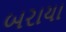
બરાયા